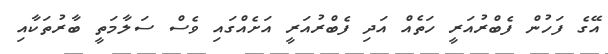
އޭގެ ފަހުން ފެބްރުއަރީ ހަތެއް އަދި ފެބްރުއަރީ އަށެއްގައި ވެސް ސަލާމަތީ ބާރުތަކާއި